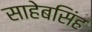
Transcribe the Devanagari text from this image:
साहेबसिंह